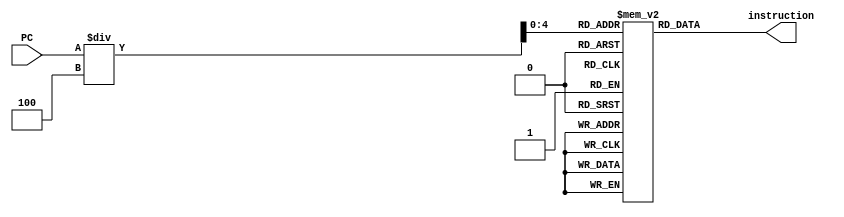
`timescale 1ns/1ns
module Instruction_Memory (
    input [31:0] PC,
    output reg [31:0] instruction
);
    reg [31:0] instructions_Value[31:0];

    initial begin
       //$readmemh("instruction.mem", instructions_Value);
       instructions_Value[0] <= 32'h00000000;
       instructions_Value[1] <= 32'h8CDEFAB7; //32'hFFC4A303; 0x8CDEFAB7
       instructions_Value[2] <= 32'h0064A423;
       instructions_Value[3] <= 32'h0062E233;
       instructions_Value[4] <= 32'hFE420AE3;
    end

    always@(*) begin
    instruction = instructions_Value[PC/4];
    end
endmodule